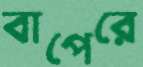
বাপেরে